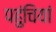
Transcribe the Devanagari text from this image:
पहुंचियां